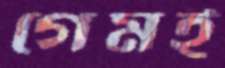
গেমই